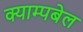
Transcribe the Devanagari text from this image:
क्याम्पबेल